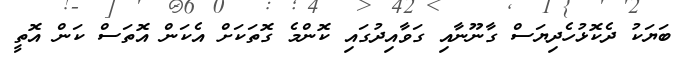
ބަޔަކު ދެކޮޅުހެދިޔަސް ގާނޫނާއި ގަވާއިދުގައި ކޮންމެ ގޮތަކަށް އެކަން އޮތަސް ކަން އޮތީ